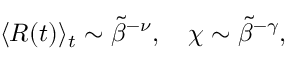
\begin{array} { r } { \langle R ( t ) \rangle _ { t } \sim \tilde { \beta } ^ { - \nu } , \quad \chi \sim \tilde { \beta } ^ { - \gamma } , } \end{array}